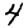
Digit: 4